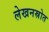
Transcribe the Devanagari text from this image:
लेखनस्रोत